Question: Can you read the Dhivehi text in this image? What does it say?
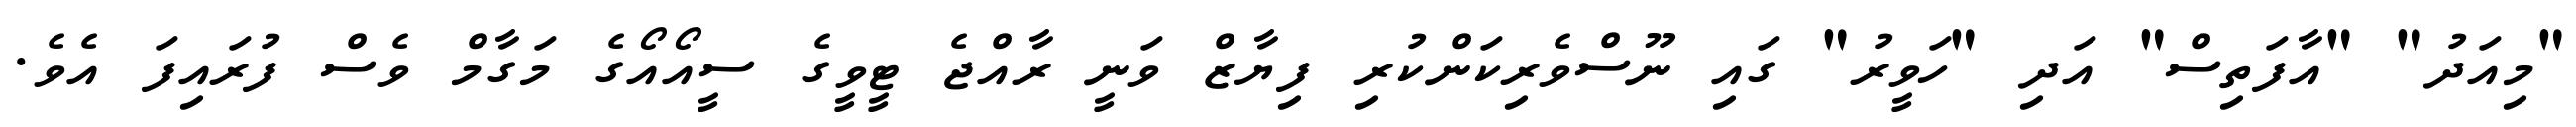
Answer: "މިއަދު" "އާފަތިސް" އަދި "ހަވީރު" ގައި ނޫސްވެރިކަންކުރި ފިޔާޒް ވަނީ ރާއްޖެ ޓީވީގެ ސީއޯއޯގެ މަގާމް ވެސް ފުރައިފަ އެވެ.